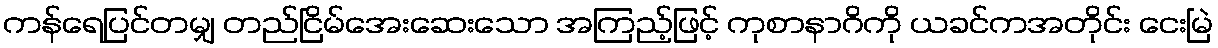
ကန်ရေပြင်တမျှ တည်ငြိမ်အေးဆေးသော အကြည့်ဖြင့် ကုစာနာဂိကို ယခင်ကအတိုင်း ငေးမြဲ